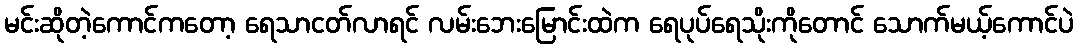
မင်းဆိုတဲ့ကောင်ကတော့ ရေသာငတ်လာရင် လမ်းဘေးမြောင်းထဲက ရေပုပ်ရေသိုးကိုတောင် သောက်မယ့်ကောင်ပဲ